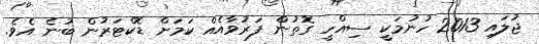
ޖުލައި 2013 ހުނުމަކީ ސިއްހީ ގޮތުން ފަރުވާއެއް ކަމަށް ޑޮކްޓަރުން ބުނެ އެވެ.